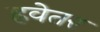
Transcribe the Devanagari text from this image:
हवेतर